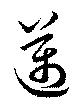
邁